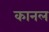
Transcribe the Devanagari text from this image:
कानल